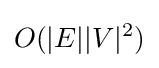
O(|E||V|^{2})